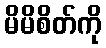
မိမိစိတ်ကို